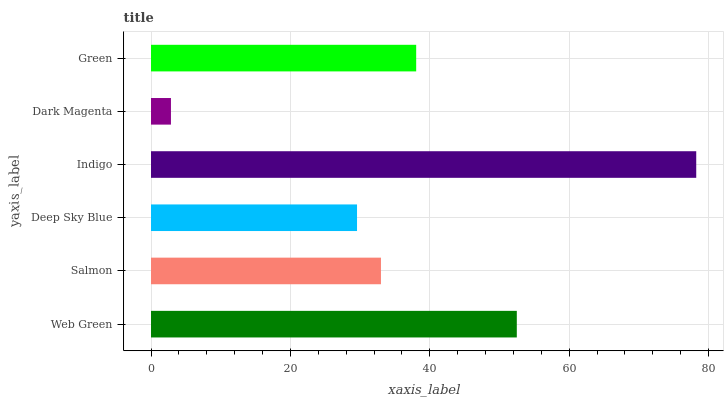
| yaxis_label | bars |
 | --- | --- |
 | Web Green | 52.5 |
 | Salmon | 33 |
 | Deep Sky Blue | 29.6 |
 | Indigo | 78.2 |
 | Dark Magenta | 2.86 |
 | Green | 38 |